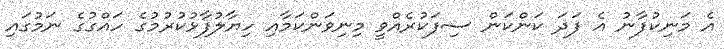
އެ މަނިކުފާނު އެ ފަދަ ކަންކަން ސިފަކުރެއްވީ މިނިވަންކަމާއި ހިޔާލުފާޅުކުރުމުގެ ހައްގުގެ ނަމުގައި